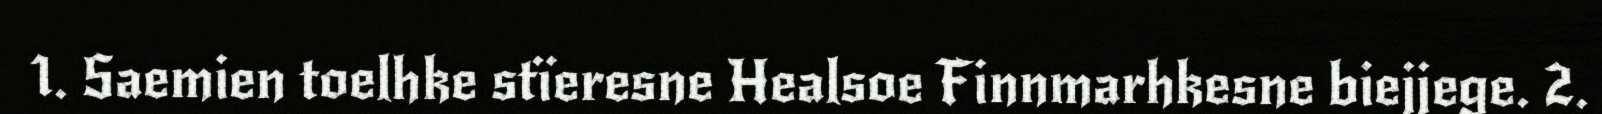
1. Saemien toelhke stïeresne Healsoe Finnmarhkesne biejjege. 2.